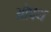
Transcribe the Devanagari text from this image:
ओपथ